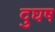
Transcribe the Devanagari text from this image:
दुघष